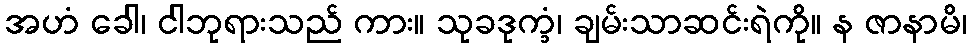
အဟံ ခေါ၊ ငါဘုရားသည် ကား။ သုခဒုက္ခံ၊ ချမ်းသာဆင်းရဲကို။ န ဇာနာမိ၊